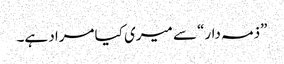
”ذمہ دار“ سے میری کیا مراد ہے۔